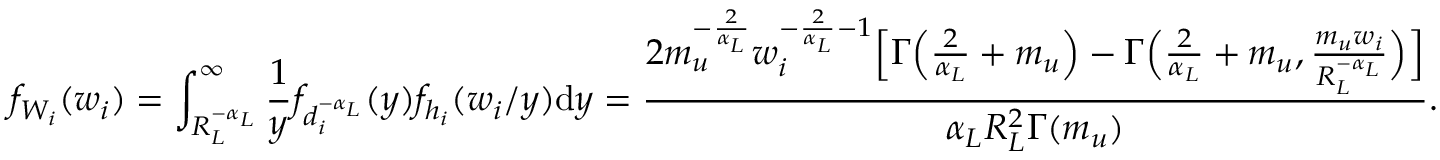
f _ { W _ { i } } ( w _ { i } ) = \int _ { R _ { L } ^ { - \alpha _ { L } } } ^ { \infty } \frac { 1 } { y } f _ { d _ { i } ^ { - \alpha _ { L } } } ( y ) f _ { h _ { i } } ( w _ { i } / y ) \mathrm { d } y = \frac { 2 m _ { u } ^ { - \frac { 2 } { \alpha _ { L } } } w _ { i } ^ { - \frac { 2 } { \alpha _ { L } } - 1 } \Big [ \Gamma \Big ( \frac { 2 } { \alpha _ { L } } + m _ { u } \Big ) - \Gamma \Big ( \frac { 2 } { \alpha _ { L } } + m _ { u } , \frac { m _ { u } w _ { i } } { R _ { L } ^ { - \alpha _ { L } } } \Big ) \Big ] } { \alpha _ { L } R _ { L } ^ { 2 } \Gamma ( m _ { u } ) } .